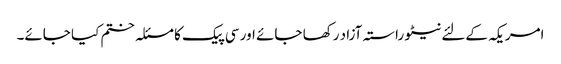
امریکہ کےلئے نیٹو راستہ آزاد رکھا جائے اور سی پیک کا مسئلہ ختم کیا جائے۔